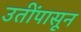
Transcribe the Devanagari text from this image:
उतींपासून